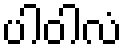
ပါဝါလံ